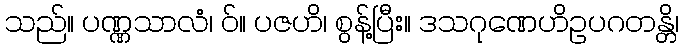
သည်။ ပဏ္ဏသာလံ၊ ဝ်။ ပဇဟိ၊ စွန့်ပြီး။ ဒသဂုဏေဟိဥပဂတန္တိ၊